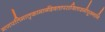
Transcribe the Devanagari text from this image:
गणपतिमातृकामार्गदेवतापराजिताशमीपूजनानि